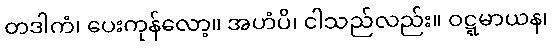
တဒါကံ၊ ပေးကုန်လော့။ အဟံပိ၊ ငါသည်လည်း။ ဝဋ္ဋမာယန၊